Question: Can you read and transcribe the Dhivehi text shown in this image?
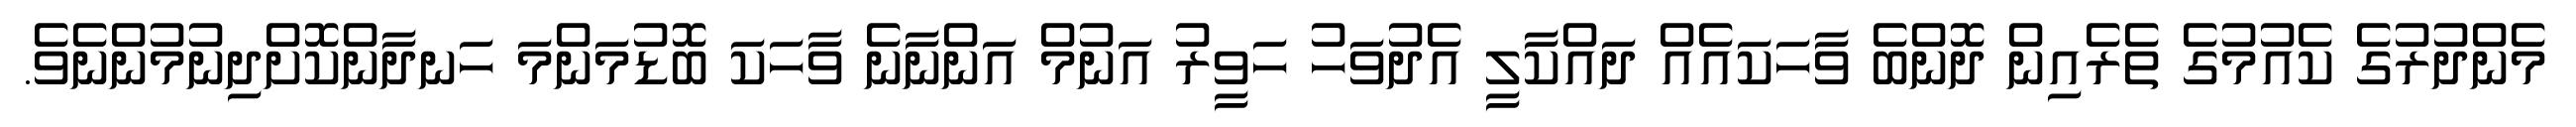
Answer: މެންދުރުގެ ކެއުމުގެ ތެރެއިން ދޮންބެ ވާހަކައެއް ދައްކާލީ އެދުވަހު ހަވީރު އަނުމް އަންނާނެ ވާހަކަ ބޮޑުމަންމަ ހަނދާންކޮށްދިނުމުންނެވެ.